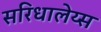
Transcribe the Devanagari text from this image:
सरिधालेय्स